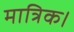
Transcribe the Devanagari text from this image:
मात्रिक।